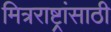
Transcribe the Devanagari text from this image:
मित्रराष्ट्रांसाठी